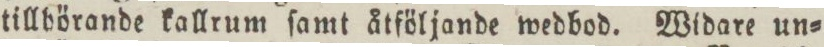
tillbörande kallrum ſamt åtföljande wedbod. Widare un=